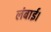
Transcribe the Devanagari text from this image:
लंबाई।